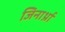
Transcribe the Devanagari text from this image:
जिनार्थ्रा